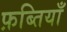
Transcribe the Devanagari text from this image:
फ़ब्तियाँ